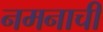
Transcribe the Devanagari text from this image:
नमनाची